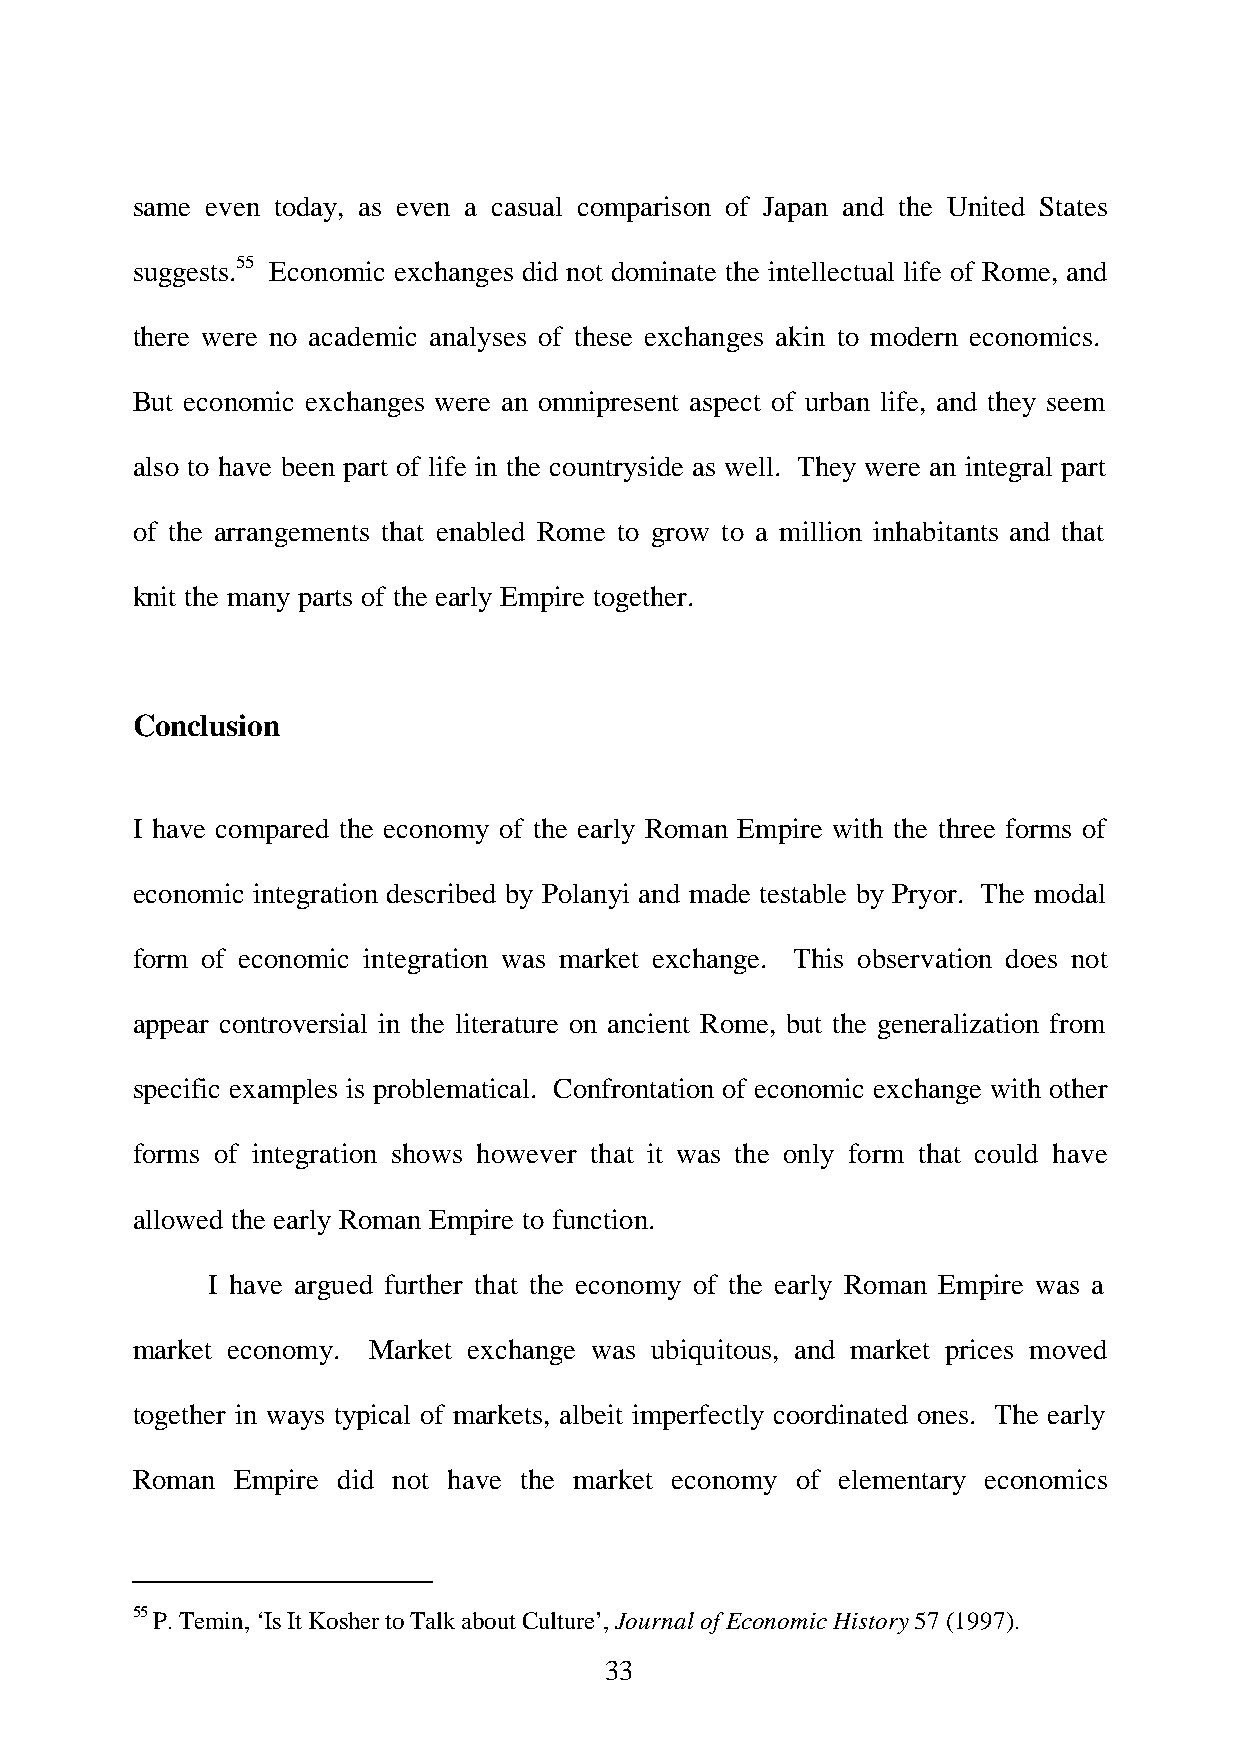
same even today, as even a casual comparison of Japan and the United States
 suggests.55 Economic exchanges did not dominate the intellectual life of Rome, and
 there were no academic analyses of these exchanges akin to modern economics.
 But economic exchanges were an omnipresent aspect of urban life, and they seem
 also to have been part of life in the countryside as well. They were an integral part
 of the arrangements that enabled Rome to grow to a million inhabitants and that
 knit the many parts of the early Empire together.
 Conclusion
 I have compared the economy of the early Roman Empire with the three forms of
 economic integration described by Polanyi and made testable by Pryor. The modal
 form of economic integration was market exchange. This observation does not
 appear controversial in the literature on ancient Rome, but the generalization from
 specific examples is problematical. Confrontation of economic exchange with other
 forms of integration shows however that it was the only form that could have
 allowed the early Roman Empire to function.
 I have argued further that the economy of the early Roman Empire was a
 market economy. Market exchange was ubiquitous, and market prices moved
 together in ways typical of markets, albeit imperfectly coordinated ones. The early
 Roman Empire did not have the market economy of elementary economics
 55 P. Temin, ‘Is It Kosher to Talk about Culture’, Journal of Economic History 57 (1997).
 33